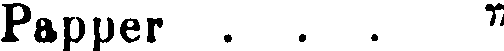
Papper ... "